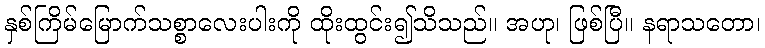
နှစ်ကြိမ်မြောက်သစ္စာလေးပါးကို ထိုးထွင်း၍သိသည်။ အဟု၊ ဖြစ်ပြီ။ နရာသတော၊